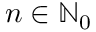
n \in \ensuremath { \mathbb { N } } _ { 0 }